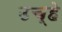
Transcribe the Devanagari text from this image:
उच्हे